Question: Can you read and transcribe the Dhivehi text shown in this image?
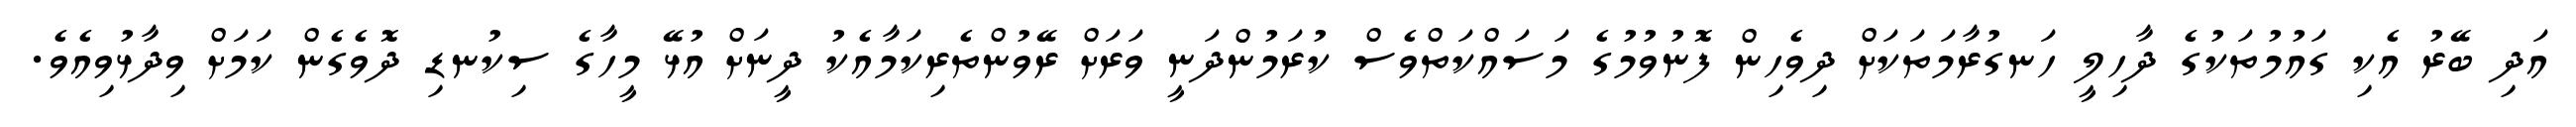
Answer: އަދި ބޭރު އެކި ގައުމުތަކުގެ ދާހިލީ ހަނގުރާމަތަކަށް ދިވެހިން ފޮނުވުމުގެ މަސައްކަތްވެސް ކުރަމުންދަނީ ވަރަށް ރޭވުންތެރިކަމާއެކު ދީނަށް އުޅޭ މީހާގެ ސިކުނޑި ދޮވެގެން ކަމަށް ވިދާޅުވިއެވެ.